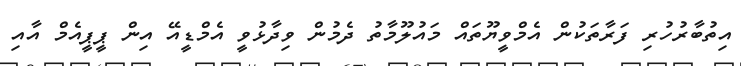
އިތުބާރުހުރި ފަރާތަކުން އެމްވީޔޫތައް މައުލޫމާތު ދެމުން ވިދާޅުވީ އެމްޑީއޭ އިން ޕީޕީއެމް އާއި